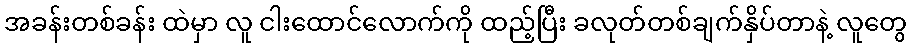
အခန်းတစ်ခန်း ထဲမှာ လူ ငါးထောင်လောက်ကို ထည့်ပြီး ခလုတ်တစ်ချက်နှိပ်တာနဲ့ လူတွေ